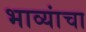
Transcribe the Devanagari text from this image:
भाव्यांचा